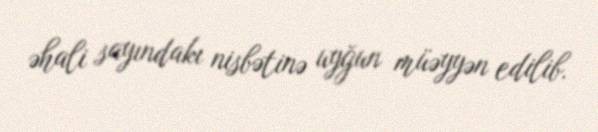
əhali sayındakı nisbətinə uyğun müəyyən edilib.